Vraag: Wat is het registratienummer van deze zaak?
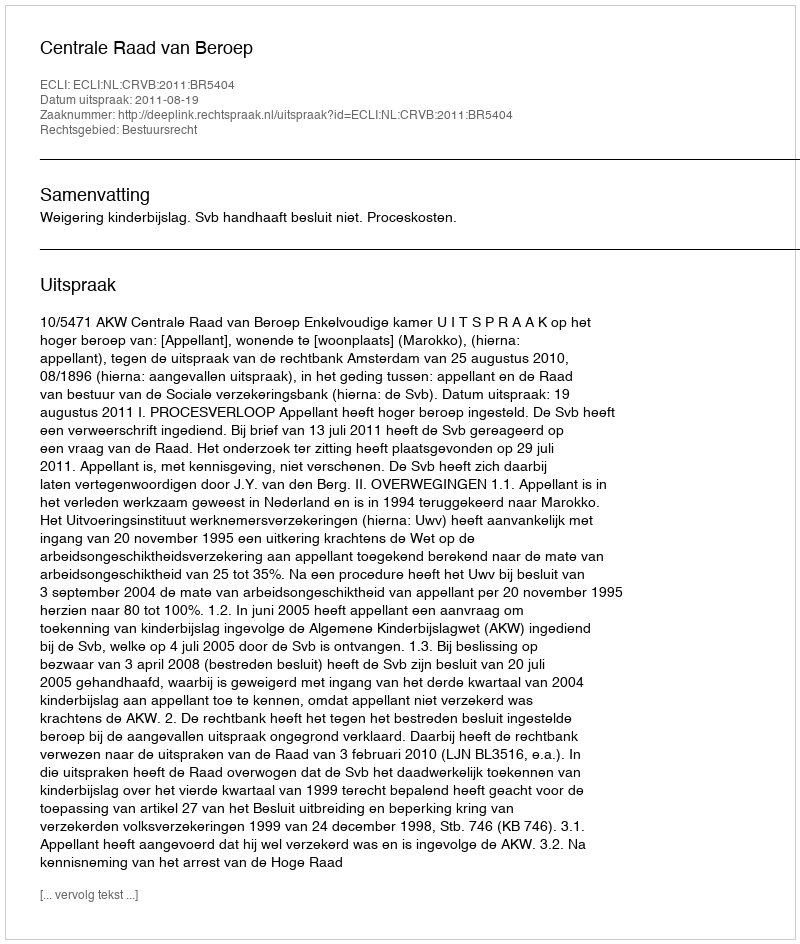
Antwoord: http://deeplink.rechtspraak.nl/uitspraak?id=ECLI:NL:CRVB:2011:BR5404